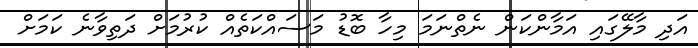
އަދި މާލޭގައި އަމާންކަން ނެތްނަމަ މިހާ ބޮޑު މަސައްކަތެއް ކުރުމަށް ދަތިވާނެ ކަމަށް